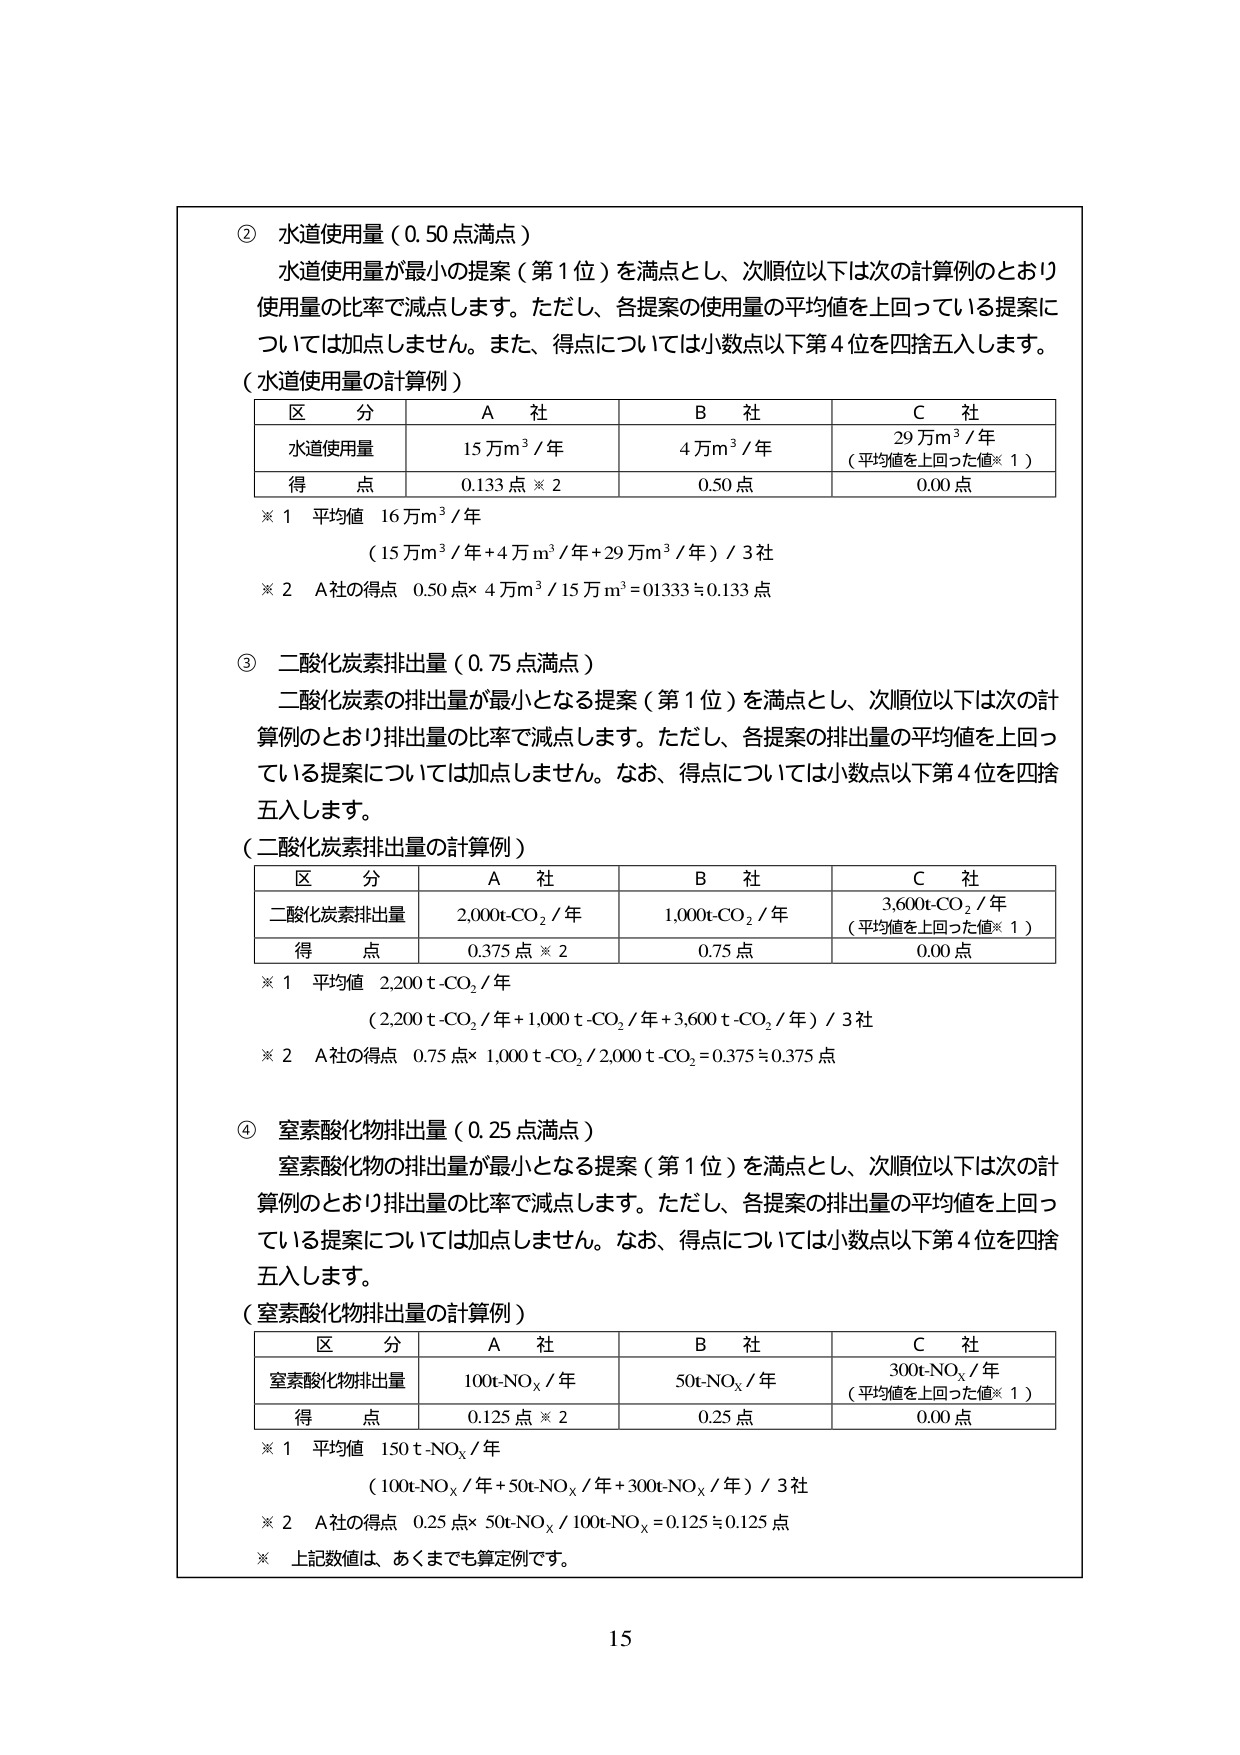
② 水道使用量（0.50点満点）
水道使用量が最小の提案（第1位）を満点とし、次順位以下は次の計算例のとおり
使用量の比率で減点します。ただし、各提案の使用量の平均値を上回っている提案に
ついては加点しません。また、得点については小数点以下第4位を四捨五入します。
（水道使用量の計算例）
区 分　　　　　A 社　　　　　B 社　　　　　C 社
水道使用量　　　15万m³／年　　　4万m³／年　　　29万m³／年
　　　　　　　　　　　　　　　　　　　　　（平均値を上回った値※1）
得 点　　　　　0.133点※2　　　0.50点　　　　0.00点
※1 平均値 16万m³／年
　　（15万m³／年＋4万m³／年＋29万m³／年）／3社
※2 A社の得点 0.50点×4万m³／15万m³＝0.1333≒0.133点

③ 二酸化炭素排出量（0.75点満点）
二酸化炭素の排出量が最小となる提案（第1位）を満点とし、次順位以下は次の計算例のとおり排出量の比率で減点します。ただし、各提案の排出量の平均値を上回っている提案については加点しません。なお、得点については小数点以下第4位を四捨五入します。
（二酸化炭素排出量の計算例）
区 分　　　　　A 社　　　　　B 社　　　　　C 社
二酸化炭素排出量　2,000t-CO₂／年　1,000t-CO₂／年　3,600t-CO₂／年
　　　　　　　　　　　　　　　　　　　　　（平均値を上回った値※1）
得 点　　　　　0.375点※2　　　0.75点　　　　0.00点
※1 平均値 2,200t-CO₂／年
　　（2,200t-CO₂／年＋1,000t-CO₂／年＋3,600t-CO₂／年）／3社
※2 A社の得点 0.75点×1,000t-CO₂／2,000t-CO₂＝0.375≒0.375点

④ 室素酸化物排出量（0.25点満点）
室素酸化物の排出量が最小となる提案（第1位）を満点とし、次順位以下は次の計算例のとおり排出量の比率で減点します。ただし、各提案の排出量の平均値を上回っている提案については加点しません。なお、得点については小数点以下第4位を四捨五入します。
（室素酸化物排出量の計算例）
区 分　　　　　A 社　　　　　B 社　　　　　C 社
室素酸化物排出量　100t-NOₓ／年　　50t-NOₓ／年　　300t-NOₓ／年
　　　　　　　　　　　　　　　　　　　　　（平均値を上回った値※1）
得 点　　　　　0.125点※2　　　0.25点　　　　0.00点
※1 平均値 150t-NOₓ／年
　　（100t-NOₓ／年＋50t-NOₓ／年＋300t-NOₓ／年）／3社
※2 A社の得点 0.25点×50t-NOₓ／100t-NOₓ＝0.125≒0.125点
※ 上記数値は、あくまでも算定例です。

15